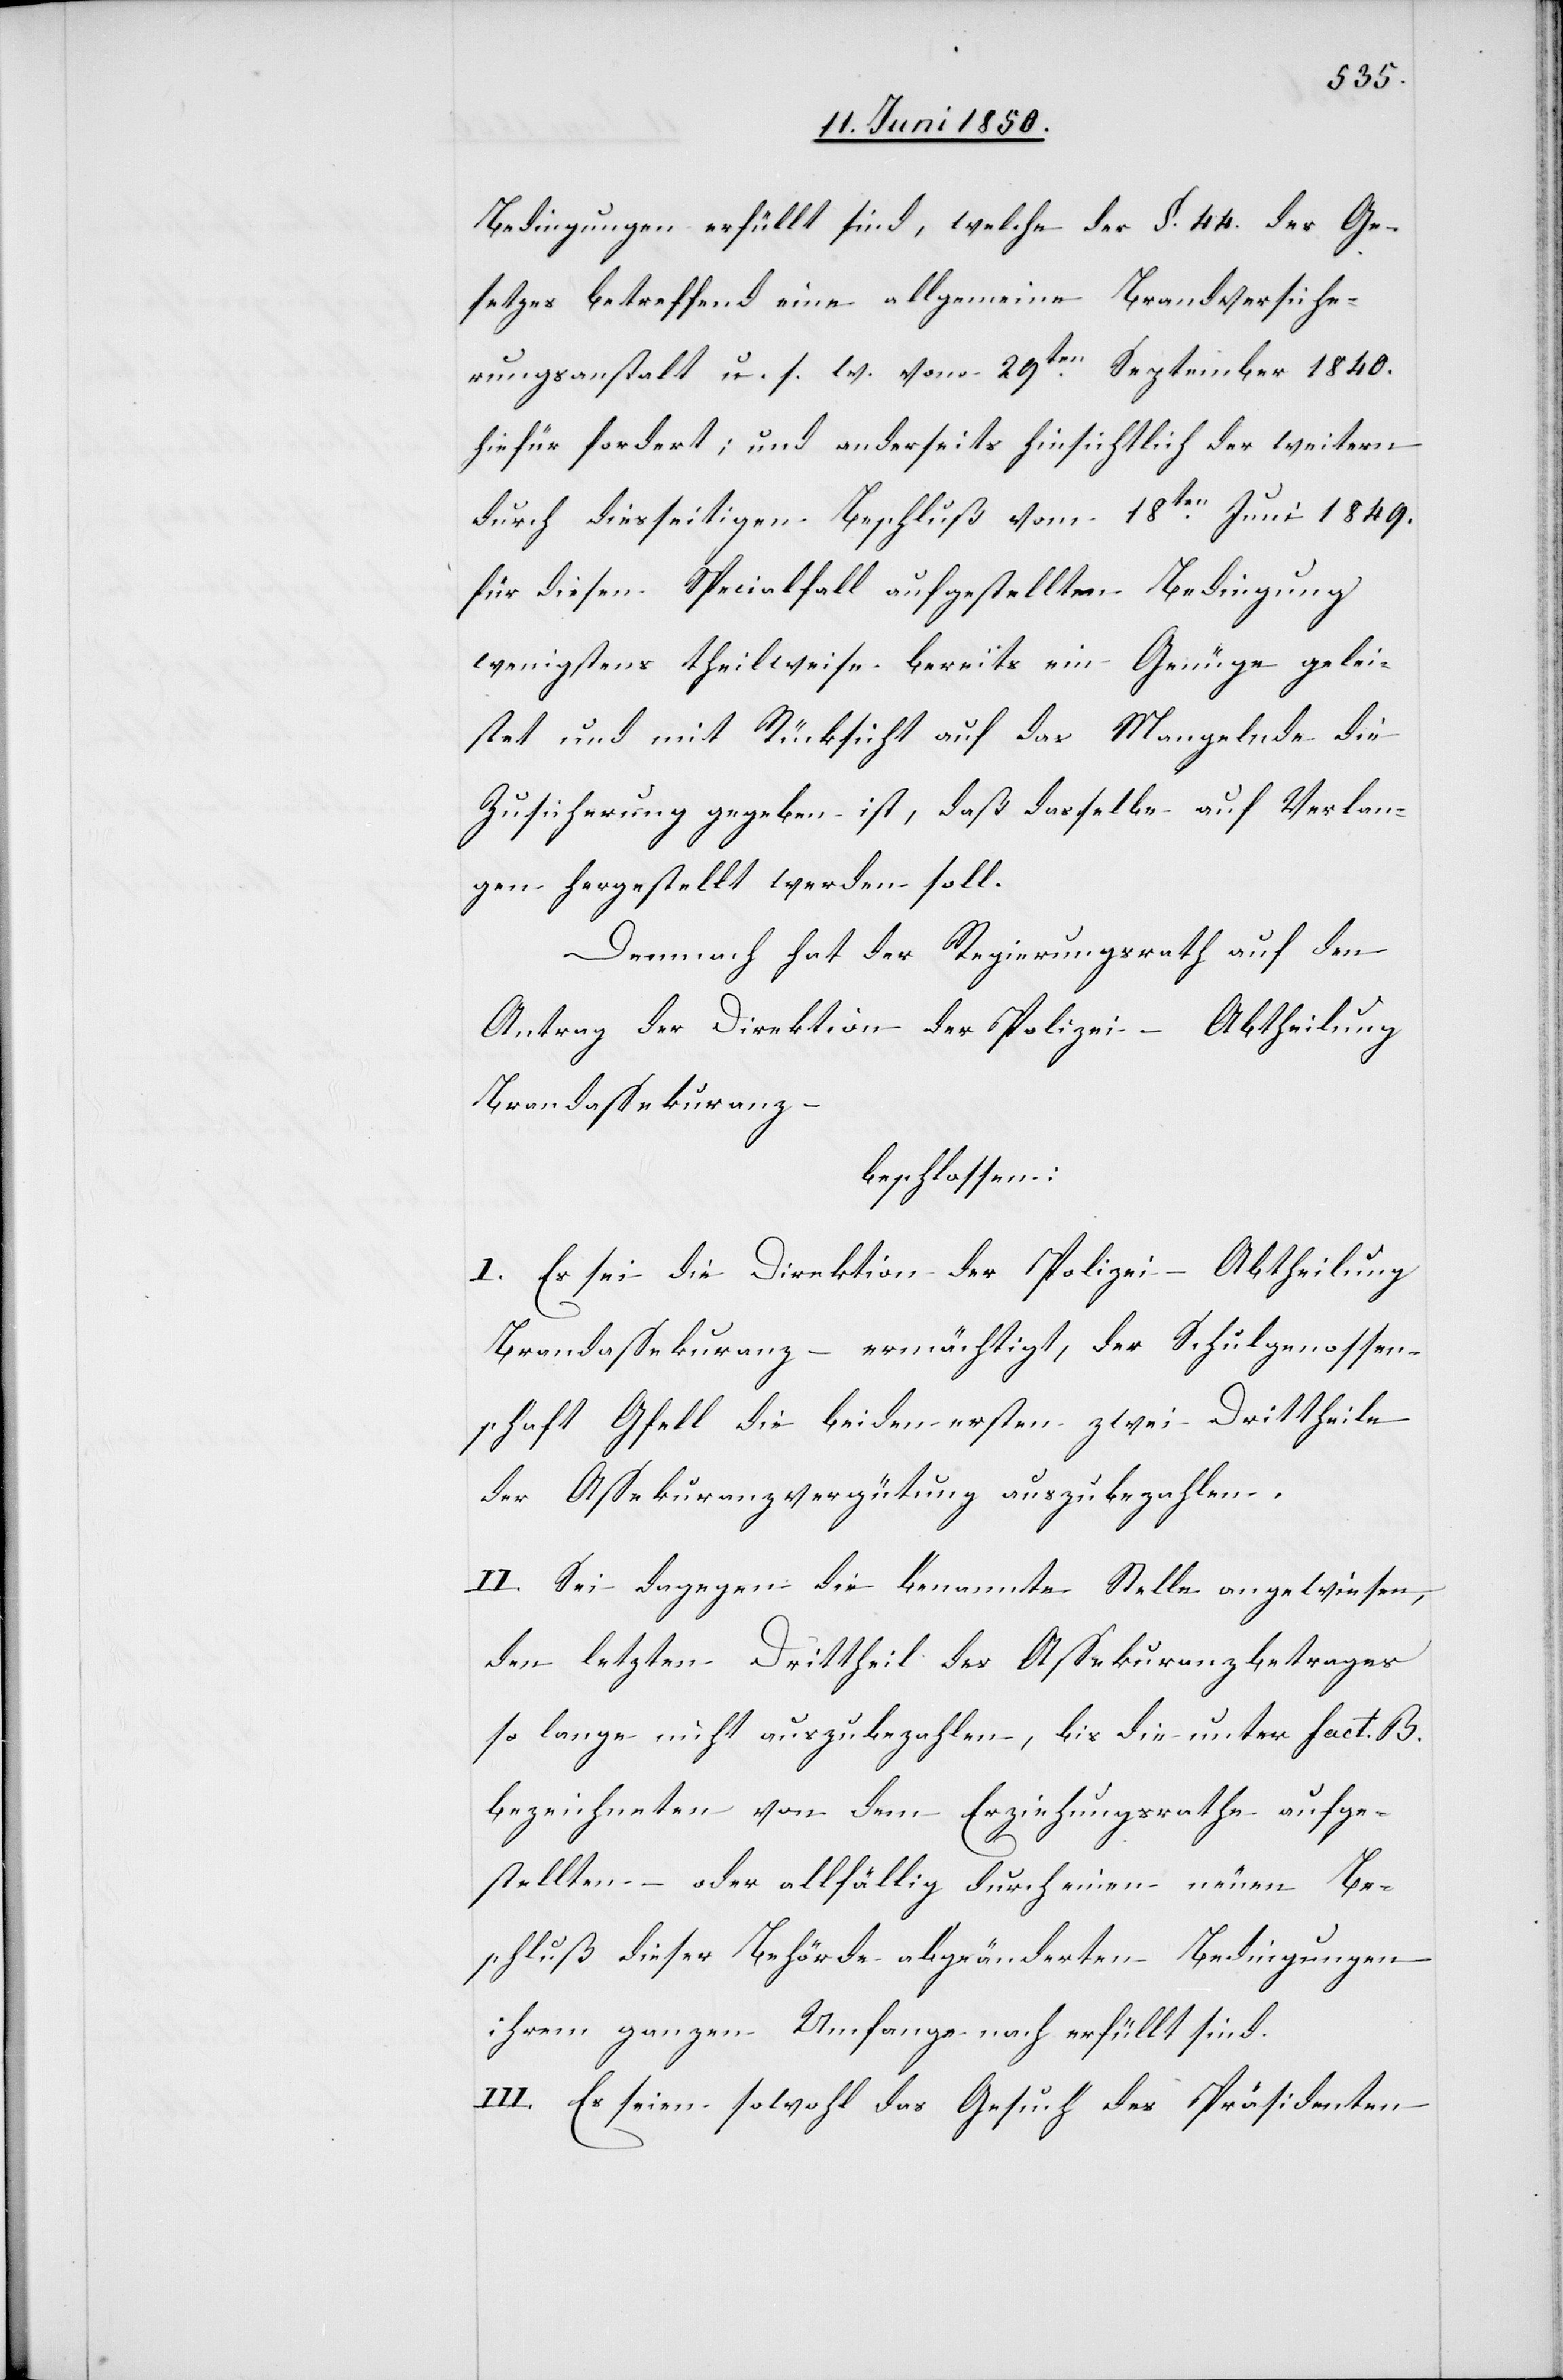
Bedingungen erfüllt sind, welche der §. 44. des Ge¬
setzes betreffend eine allgemeine Brandversiche¬
rungsanstalt u. s. w. vom 29ten September 1840.
hiefür fordert, und anderseits hinsichtlich der weitern
durch diesseitigen Beschluß vom 18ten Juni 1849.
für diesen Specialfall aufgestellten Bedingung
wenigstens theilweise bereits ein Genüge gelei¬
stet und mit Rücksicht auf das Mangelnde die
Zusicherung gegeben ist, daß dasselbe auf Verlan¬
gen hergestellt werden soll.
Demnach hat der Regierungsrath auf den
Antrag der Direktion der Polizei – Abtheilung
Brandassekuranz
beschlossen:
I. Es sei die Direktion der Polizei – Abtheilung
Brandassekuranz – ermächtigt, der Schulgenossen¬
schaft Gfell die beiden ersten zwei Drittheile
der Assekuranzvergütung auszubezahlen.
II. Sei dagegen die benannte Stelle angewiesen,
den letzten Drittheil des Assekuranzbetrages
so lange nicht auszubezahlen, bis die unter fact. B.
bezeichneten von dem Erziehungsrathe aufge¬
stellten oder allfällig durch einen neuen Be¬
schluß dieser Behörde abgeänderten Bedingungen
ihrem ganzen Umfange nach erfüllt sind.
III. Es seien sowohl das Gesuch des Präsidenten